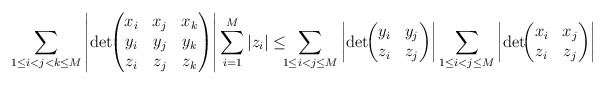
\begin{align*}\sum_{1 \le i < j < k \le M} \left |\det\!\!\begin{pmatrix}x_i & x_j & x_k \\y_i & y_j & y_k \\z_i & z_j & z_k\end{pmatrix}\right| \sum_{i=1}^M |z_i| \le \!\!\!\sum_{1 \le i < j \le M} \left |\det\!\!\begin{pmatrix}y_i & y_j \\z_i & z_j \end{pmatrix}\right|\sum_{1 \le i < j \le M} \left |\det\!\!\begin{pmatrix}x_i & x_j \\z_i & z_j \end{pmatrix}\right|\end{align*}